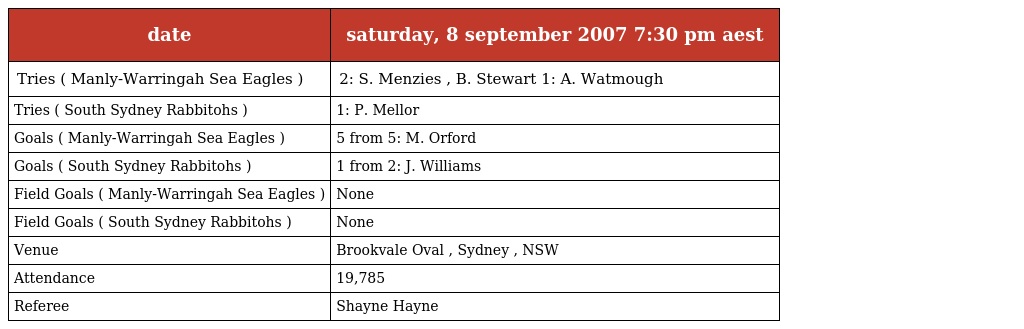
| date | saturday, 8 september 2007 7:30 pm aest |
 | --- | --- |
 | Tries ( Manly-Warringah Sea Eagles ) | 2: S. Menzies , B. Stewart 1: A. Watmough |
 | Tries ( South Sydney Rabbitohs ) | 1: P. Mellor |
 | Goals ( Manly-Warringah Sea Eagles ) | 5 from 5: M. Orford |
 | Goals ( South Sydney Rabbitohs ) | 1 from 2: J. Williams |
 | Field Goals ( Manly-Warringah Sea Eagles ) | None |
 | Field Goals ( South Sydney Rabbitohs ) | None |
 | Venue | Brookvale Oval , Sydney , NSW |
 | Attendance | 19,785 |
 | Referee | Shayne Hayne |